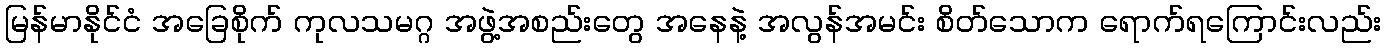
မြန်မာနိုင်ငံ အခြေစိုက် ကုလသမဂ္ဂ အဖွဲ့အစည်းတွေ အနေနဲ့ အလွန်အမင်း စိတ်သောက ရောက်ရကြောင်းလည်း